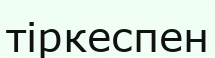
тіркеспен